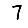
Digit: 7